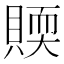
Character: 䞂